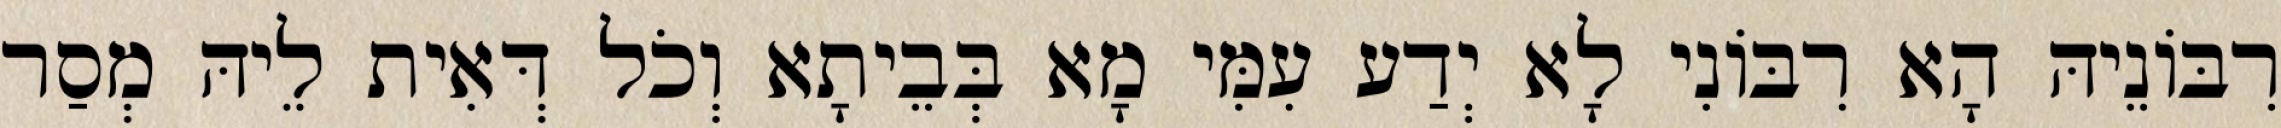
רִבּוֹנֵיהּ הָא רִבּוֹנִי לָא יְדַע עִמִּי מָא בְּבֵיתָא וְכֹל דְּאִית לֵיהּ מְסַר